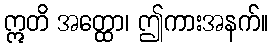
ဣတိ အတ္ထော၊ ဤကားအနက်။